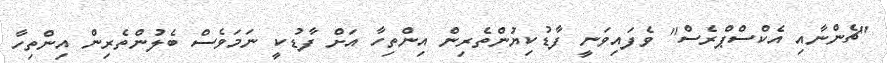
"ޗެންނާއި އެކްސްޕްރެސް" ވެފައިވަނީ ފާޑުކިޔުންތެރިން އިންތިހާ އަށް ފާޑުކީ ނަމަވެސް ބެލުންތެރިން އިންތިހާ